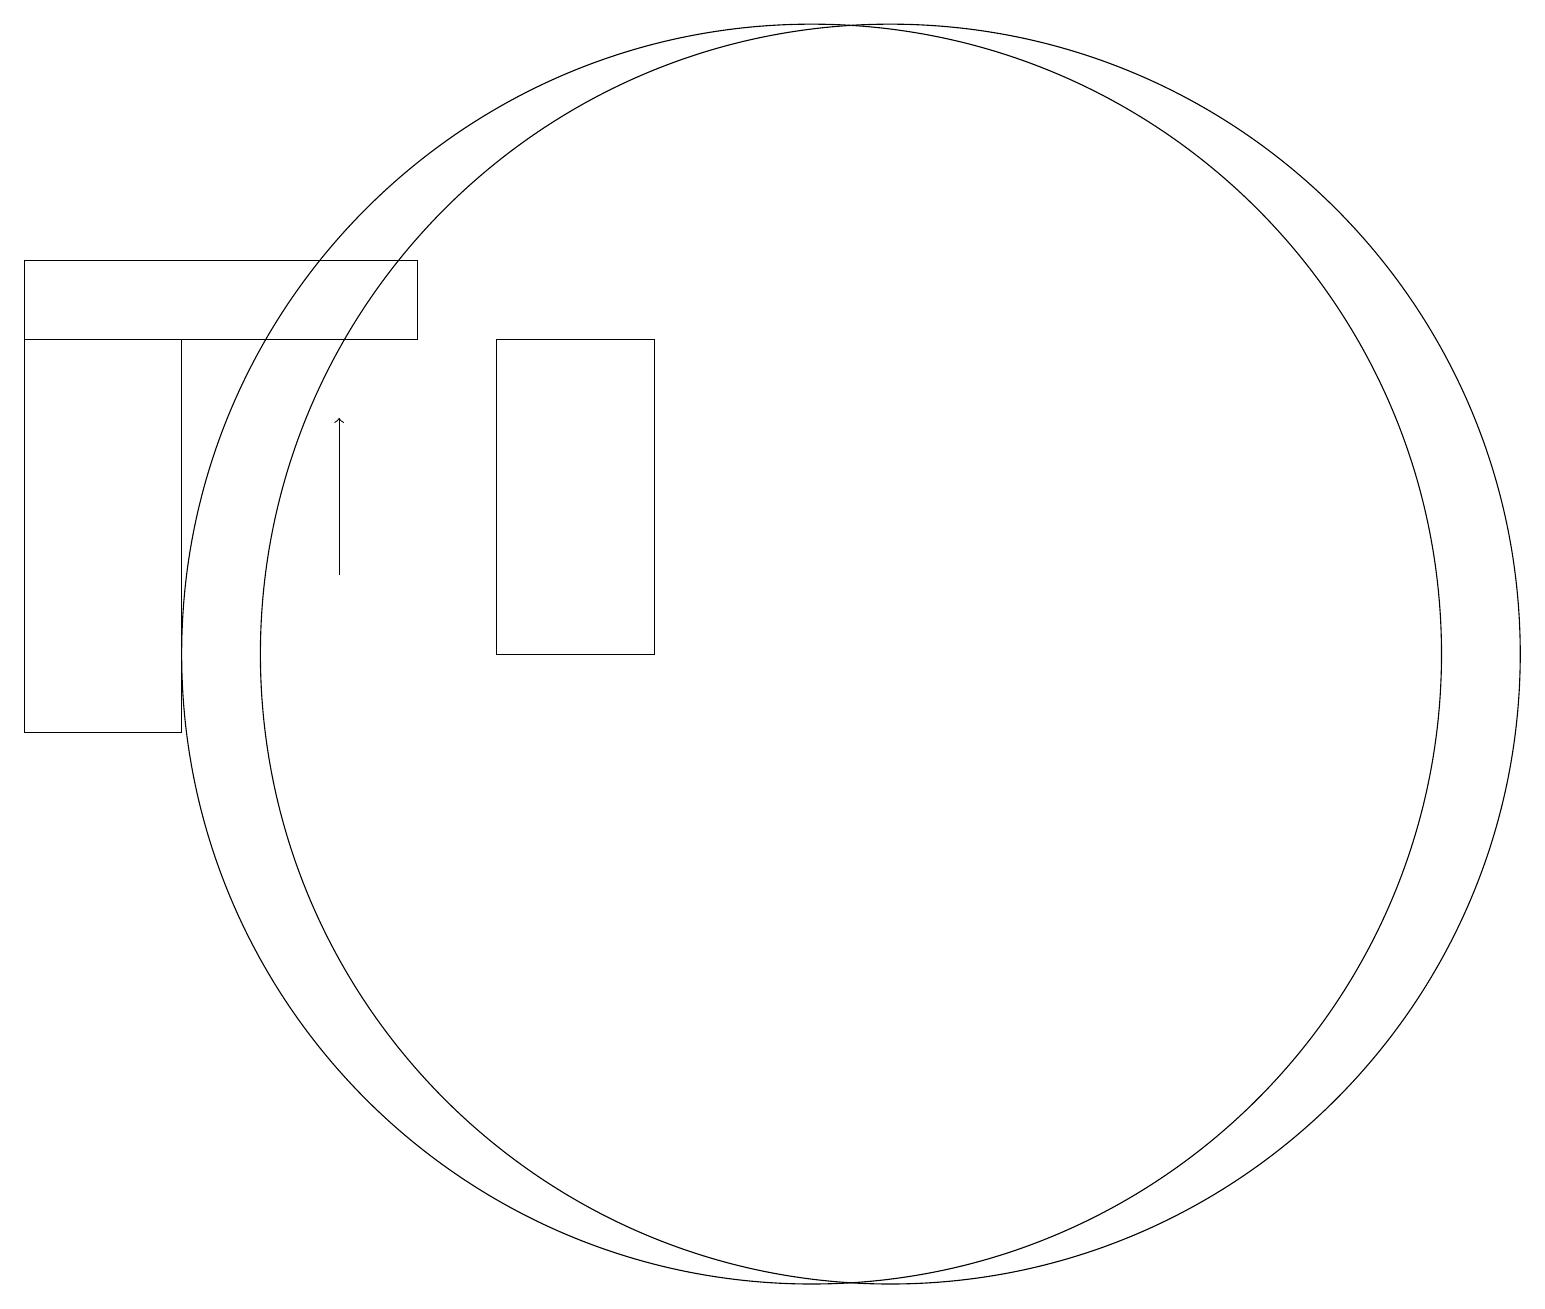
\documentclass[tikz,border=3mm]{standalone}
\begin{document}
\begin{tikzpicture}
\draw (9,11) rectangle (7,15);
\draw (3,10) rectangle (1,15);
\draw[->] (5,12) -- (5,14);
\draw (11,11) circle (8);
\draw (12,11) circle (8);
\draw (1,15) rectangle (6,16);
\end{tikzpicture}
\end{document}